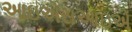
આઇએસઆઇએ